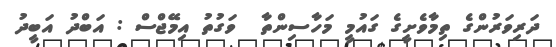
ދަރިވަރުންގެ ތިމާވެށީގެ ގައުމީ މަހާސިންތާ  ވަގުތު އިމޭޖްސް : އަބްދު އަބީދު